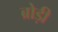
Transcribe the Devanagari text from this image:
ब्रोड़ी